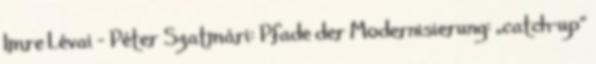
Imre Lévai – Péter Szatmári: Pfade der Modernisierung: „catch-up“